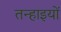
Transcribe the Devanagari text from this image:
तन्हाइयों